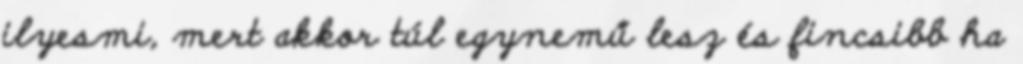
ilyesmi, mert akkor túl egynemű lesz és fincsibb ha